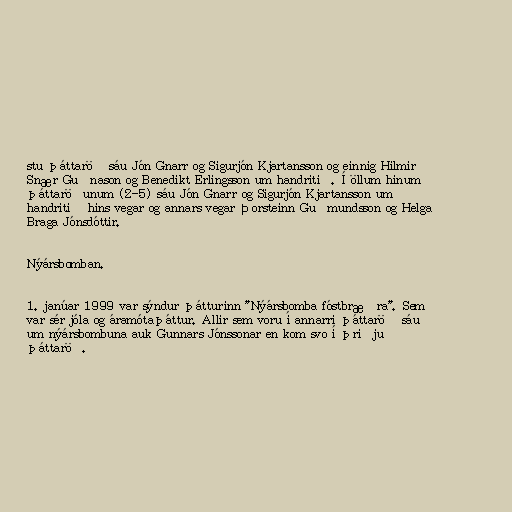
stu þáttaröð sáu Jón Gnarr og Sigurjón Kjartansson og einnig Hilmir
Snær Guðnason og Benedikt Erlingsson um handritið. Í öllum hinum
þáttaröðunum (2-5) sáu Jón Gnarr og Sigurjón Kjartansson um
handritið hins vegar og annars vegar Þorsteinn Guðmundsson og Helga
Braga Jónsdóttir.

Nýársbomban.

1. janúar 1999 var sýndur þátturinn "Nýársbomba fóstbræðra". Sem
var sér jóla og áramótaþáttur. Allir sem voru í annarri þáttaröð sáu
um nýársbombuna auk Gunnars Jónssonar en kom svo í þriðju
þáttaröð.